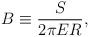
LaTeX: \begin{align*}B \equiv {S \over 2 \pi E R}, \end{align*}